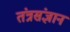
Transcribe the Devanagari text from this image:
तंत्रसंज्ञान